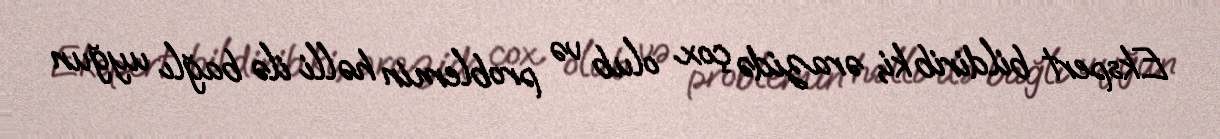
Ekspert bildirib ki, ərazidə çox olub və problemin həlli ilə bağlı uyğun